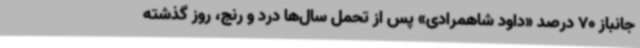
جانباز 70 درصد «داود شاهمرادی» پس از تحمل سال‌ها درد و رنج، روز گذشته